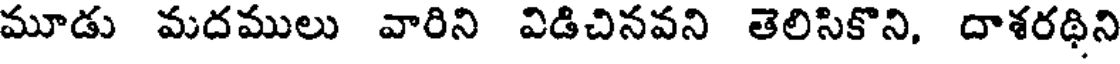
మూడు మదములు వారిని విడిచినవని తెలిసికొని, దాశరథిని